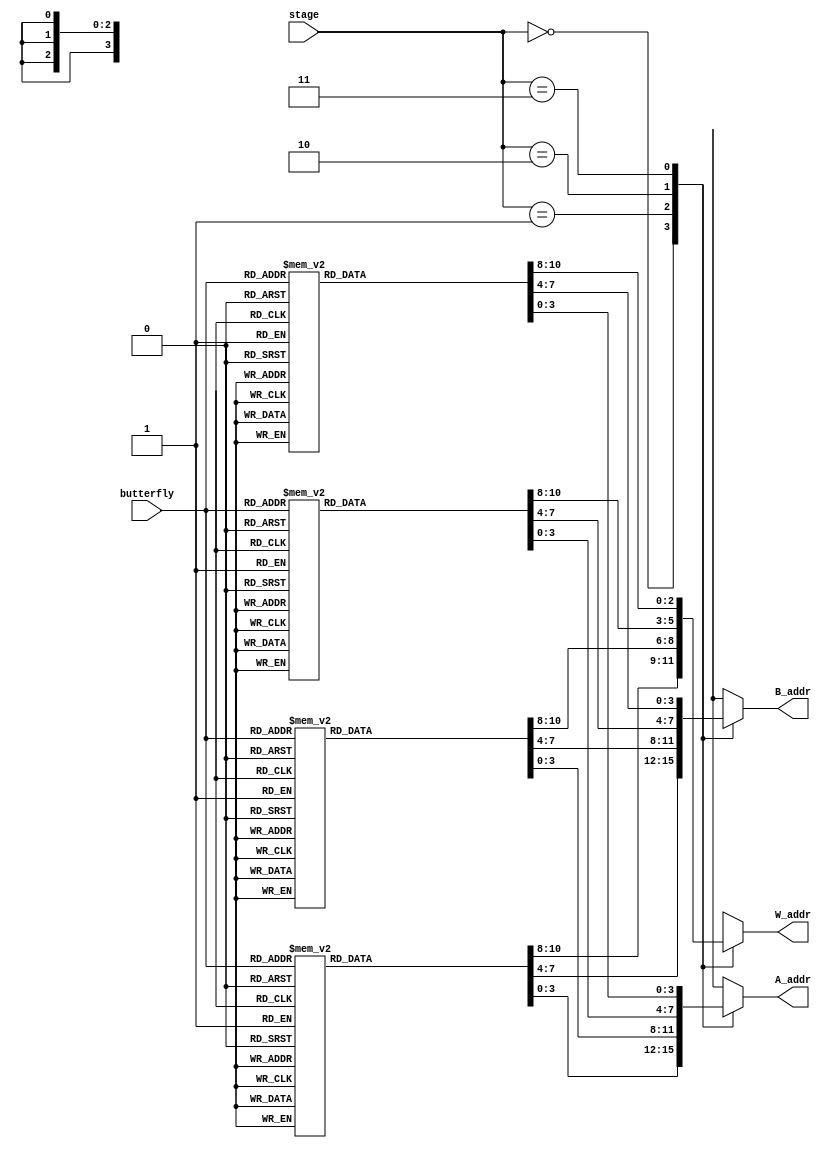
module read_addr_lut (
   input wire [1:0] stage,
   input wire [2:0] butterfly,
   output reg [3:0] A_addr,
   output reg [3:0] B_addr,
   output reg [2:0] W_addr
);

   always @(*) begin
	// Setting appropriate inputs to each butterfly unit at each state
      case (stage)

         0: begin
            case (butterfly)

               0: begin
                  A_addr = 0;
                  B_addr = 8;
                  W_addr = 0;
               end

               1: begin
                  A_addr = 4;
                  B_addr = 12;
                  W_addr = 0;
               end

               2: begin
                  A_addr = 2;
                  B_addr = 10;
                  W_addr = 0;
               end

               3: begin
                  A_addr = 6;
                  B_addr = 14;
                  W_addr = 0;
               end

               4: begin
                  A_addr = 1;
                  B_addr = 9;
                  W_addr = 0;
               end

               5: begin
                  A_addr = 5;
                  B_addr = 13;
                  W_addr = 0;
               end

               6: begin
                  A_addr = 3;
                  B_addr = 11;
                  W_addr = 0;
               end

               7: begin
                  A_addr = 7;
                  B_addr = 15;
                  W_addr = 0;
               end

            endcase
         end // case: 0

         1: begin
            case (butterfly)

               0: begin
                  A_addr = 0;
                  B_addr = 4;
                  W_addr = 0;
               end

               1: begin
                  A_addr = 8;
                  B_addr = 12;
                  W_addr = 4;
               end

               2: begin
                  A_addr = 2;
                  B_addr = 6;
                  W_addr = 0;
               end

               3: begin
                  A_addr = 10;
                  B_addr = 14;
                  W_addr = 4;
               end

               4: begin
                  A_addr = 1;
                  B_addr = 5;
                  W_addr = 0;
               end

               5: begin
                  A_addr = 9;
                  B_addr = 13;
                  W_addr = 4;
               end

               6: begin
                  A_addr = 3;
                  B_addr = 7;
                  W_addr = 0;
               end

               7: begin
                  A_addr = 11;
                  B_addr = 15;
                  W_addr = 4;
               end

            endcase
         end // case: 1

         2: begin
            case (butterfly)

               0: begin
                  A_addr = 0;
                  B_addr = 2;
                  W_addr = 0;
               end

               1: begin
                  A_addr = 8;
                  B_addr = 10;
                  W_addr = 2;
               end

               2: begin
                  A_addr = 4;
                  B_addr = 6;
                  W_addr = 4;
               end

               3: begin
                  A_addr = 12;
                  B_addr = 14;
                  W_addr = 6;
               end

               4: begin
                  A_addr = 1;
                  B_addr = 3;
                  W_addr = 0;
               end

               5: begin
                  A_addr = 9;
                  B_addr = 11;
                  W_addr = 2;
               end

               6: begin
                  A_addr = 5;
                  B_addr = 7;
                  W_addr = 4;
               end

               7: begin
                  A_addr = 13;
                  B_addr = 15;
                  W_addr = 6;
               end

            endcase
         end // case: 2

         3: begin
            case (butterfly)

               0: begin
                  A_addr = 0;
                  B_addr = 1;
                  W_addr = 0;
               end

               1: begin
                  A_addr = 8;
                  B_addr = 9;
                  W_addr = 1;
               end

               2: begin
                  A_addr = 4;
                  B_addr = 5;
                  W_addr = 2;
               end

               3: begin
                  A_addr = 12;
                  B_addr = 13;
                  W_addr = 3;
               end

               4: begin
                  A_addr = 2;
                  B_addr = 3;
                  W_addr = 4;
               end

               5: begin
                  A_addr = 10;
                  B_addr = 11;
                  W_addr = 5;
               end

               6: begin
                  A_addr = 6;
                  B_addr = 7;
                  W_addr = 6;
               end

               7: begin
                  A_addr = 14;
                  B_addr = 15;
                  W_addr = 7;
               end

            endcase
         end // case: 3

      endcase

   end

endmodule